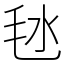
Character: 㲑